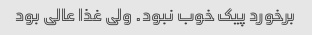
برخورد پیک خوب نبود. ولی غذا عالی بود